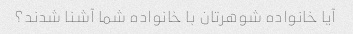
آیا خانواده شوهرتان با خانواده شما آشنا شدند؟